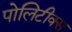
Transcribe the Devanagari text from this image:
पोलिटीक्स